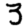
Digit: 3